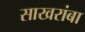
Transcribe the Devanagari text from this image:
साखरांबा